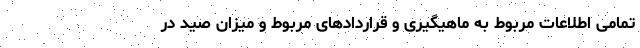
تمامی اطلاعات مربوط به ماهیگیری و قراردادهای مربوط و میزان صید در